Civil Veterinary Department Bihar & Orissa reports 1911-21 - 1911-1921
Year: 1911
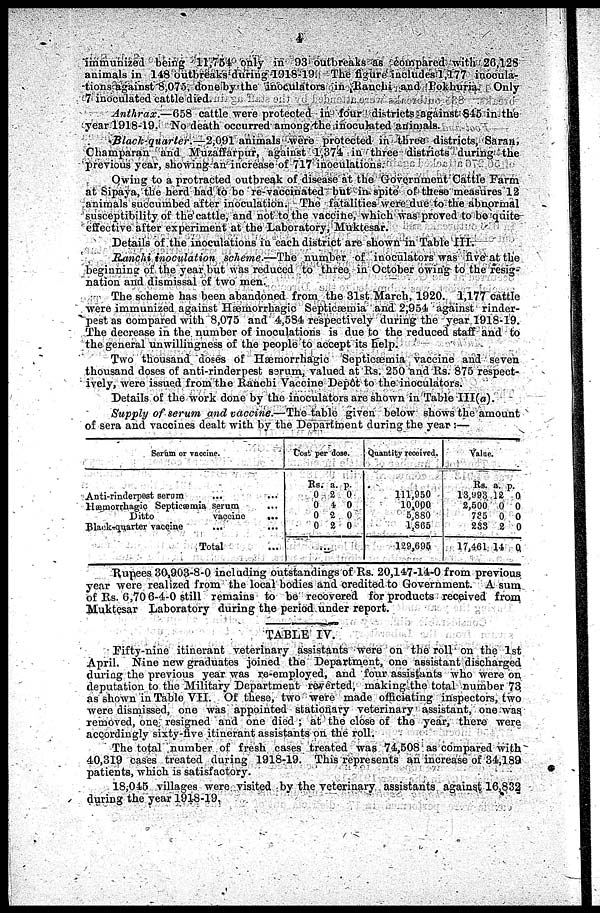
4
immunized being 11,754 only in 93 outbreaks as compared with 26,128
animals in 148 outbreaks during 1918-19. The figure includes 1,177 inocula-
tions against 3,075, done by the inoculators in Ranchi and Pokhuria. Only
7 inoculated cattle died.
Anthrax.—658 cattle were protected in four districts against 845 in the
year 1918-19. No death occurred among the inoculated animals.
Black-quarler.—2,091 animals were protected in three districts, Saran,
Champaran and Muzaffarpur, against 1,374 in three districts during the
previous year, showing an increase of 717 inoculations.
Owing to a protracted outbreak of disease at the Government Cattle Farm
at Sipaya, the herd bad to be re-vaccinated but in spite of these measures 12
animals succumbed after inoculation. The fatalities were due to the abnormal
susceptibility of the cattle, and not to the vaccine, which was proved to be quite-
effective after experiment at the Laboratory, Muktesar.
Details of the inoculations in each district are shown in Table III.
Ranchi inoculation scheme.—The number of inoculators was five at the
beginning of the year but was reduced to three in October owing to the resig-
nation and dismissal of two men.
The scheme has been abandoned from the 31st March, 1920. 1,177 cattle
were immunized against Hæmorrhagic Septicaemia and 2,954 against rinder-
pest as compared with 8,075 and 4,584 respectively during the year 1918-19.
The decrease in the number of inoculations is due to the reduced staff and to
the general unwillingness of the people to accept its help.
Two thousand doses of Hæmorrhagic Septicæmia vaccine and seven
thousand doses of anti-rinderpest serum, valued at Rs. 250 and Rs. 875 respect-
ively, were issued from the Ranchi Vaccine Depôt to the inoculators.
Details of the work done by the inoculators are shown in Table Ill(a).
Supply of serum and vaccine.—The table given below shows the amount
of sera and vaccines dealt with by the Department during the year:—
Serum or vaccine.
Anti-rinderpest serum
...
...
Hæmorrhagic Septicæmia serum
...
Ditto
vaccine
...
Black - quarter vaccine
...
...
Total...
Cost per dose.
Rs.
0
0
0
0
a.
2
4
2
2
p.
0
0
0
0
...
Quantity received.
111,950
10,000
5,880
1,865
129,695
Value.
Rs.
13,993
2,500
7?5
2S3
17,461 14
a.
12
0
0
2
14
p.
0
0
0
0
0
Rupees 30,903-8-0 including outstandings of Rs. 20,147-14-0 from previous
year were realized from the local bodies and credited to Government. A sura
of Rs. 6,70 6-4-0 still remains to be recovered for products received from
Muktesar Laboratory during the period under report.
TABLE IV.
Fifty-nine itinerant veterinary assistants were on the roll on the 1st
April. Nine new graduates joined the Department, one assistant discharged
during the previous year was re-employed, and four assistants who were on
deputation to the Military Department rewerted, making the total number 73
as shown in Table VII. Of these, two were made officiating inspectors, two
were dismissed, one was appointed stationary veterinary assistant, one was
removed, one resigned and one died; at the close of the year, there were
accordingly sixty-five itinerant assistants on the roll.
The total number of fresh cases treated was 74,508 as compared with
40,319 cases treated during 1918-19. This represents an increase of 34,189
patients, which is satisfactory.
18,045 villages were visited by the veterinary assistants against 16,832
during the year 1918-19.